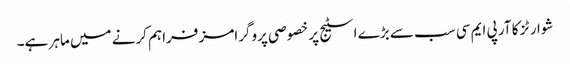
شوارٹز کا آر پی ایم سی سب سے بڑے اسٹیج پر خصوصی پروگرامز فراہم کرنے میں ماہر ہے۔